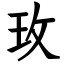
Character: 玫